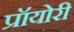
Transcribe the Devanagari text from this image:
प्रॉयोरी